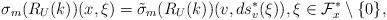
LaTeX: \begin{align*}\sigma_m(R_U(k))(x,\xi)=\tilde\sigma_m(R_U(k))(v,ds_{v}^*(\xi)),\xi \in\mathcal F^*_x\setminus \{0\},\end{align*}